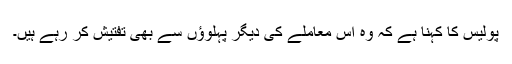
پولیس کا کہنا ہے کہ وہ اس معاملے کی دیگر پہلوؤں سے بھی تفتیش کر رہے ہیں۔